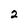
Character: 2